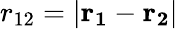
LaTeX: r_{12}=|\mathbf{r_{1}}-\mathbf{r_{2}}|